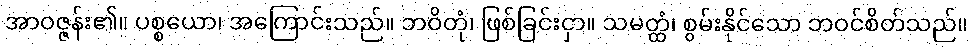
အာဝဇ္ဇန်း၏။ ပစ္စယော၊ အကြောင်းသည်။ ဘဝိတုံ၊ ဖြစ်ခြင်းငှာ။ သမတ္ထံ၊ စွမ်းနိုင်သော ဘဝင်စိတ်သည်။